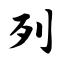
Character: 列